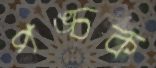
পঙ্চক